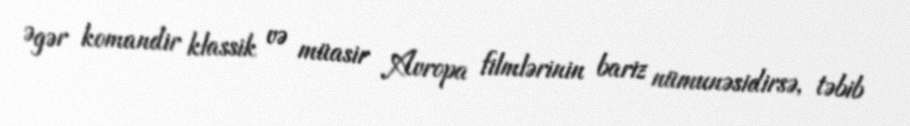
Əgər komandir klassik və müasir Avropa filmlərinin bariz nümunəsidirsə, təbib